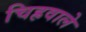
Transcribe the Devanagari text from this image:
चिह्रवाले